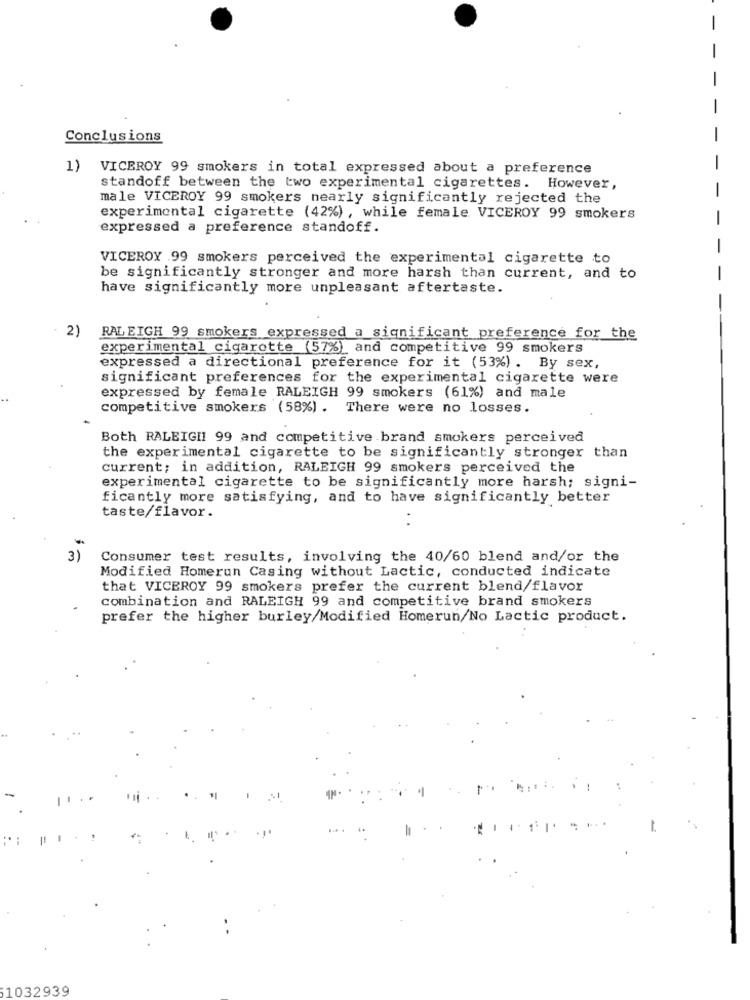
Conclusions
1)
VICEROY 99 smokers in total expressed about a preference
standoff between the two experimental cigarettes. However,
male VICEROY 99 smokers nearly significantly rejected the
experimental cigarette (42%), while female VICEROY 99 smokers
expressed a preference standoff.
VICEROY 99 smokers perceived the experimental cigarette to
be significantly stronger and more harsh than current, and to
have significantly more unpleasant aftertaste.
2)
RALEIGH 99 smokers expressed a significant preference for the
experimental cigarette (57%) and competitive 99 smokers
expressed a directional preference for it (53%) . By sex,
significant preferences for the experimental cigarette were
expressed by female RALEIGH 99 smokers (61%) and male
competitive smokers (58%) . There were no losses.
Both RALEIGH1 99 and competitive brand smokers perceived
the experimental cigarette to be significantly stronger than
current; in addition, RALEIGH 99 smokers perceived the
experimental cigarette to be significantly more harsh; signi-
ficantly more satisfying, and to have significantly better
taste/flavor.
3)
Consumer test results, involving the 40/60 blend and/or the
Modified Homerun Casing without Lactic, conducted indicate
that VICEROY 99 smokers prefer the current blend/flavor
combination and RALEIGH 99 and competitive brand smokers
prefer the higher burley/Modified Homerun/No Lactic product.
1032939